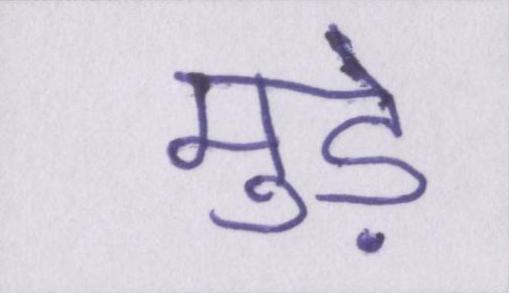
मुड़े